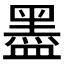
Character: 𥂮